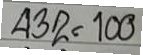
432 = 100